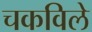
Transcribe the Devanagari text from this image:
चकविले